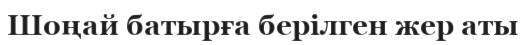
Шоңай батырға берілген жер аты